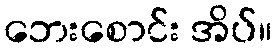
ဘေးစောင်း အိပ်။